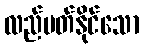
လည်ပတ်နိုင်သော